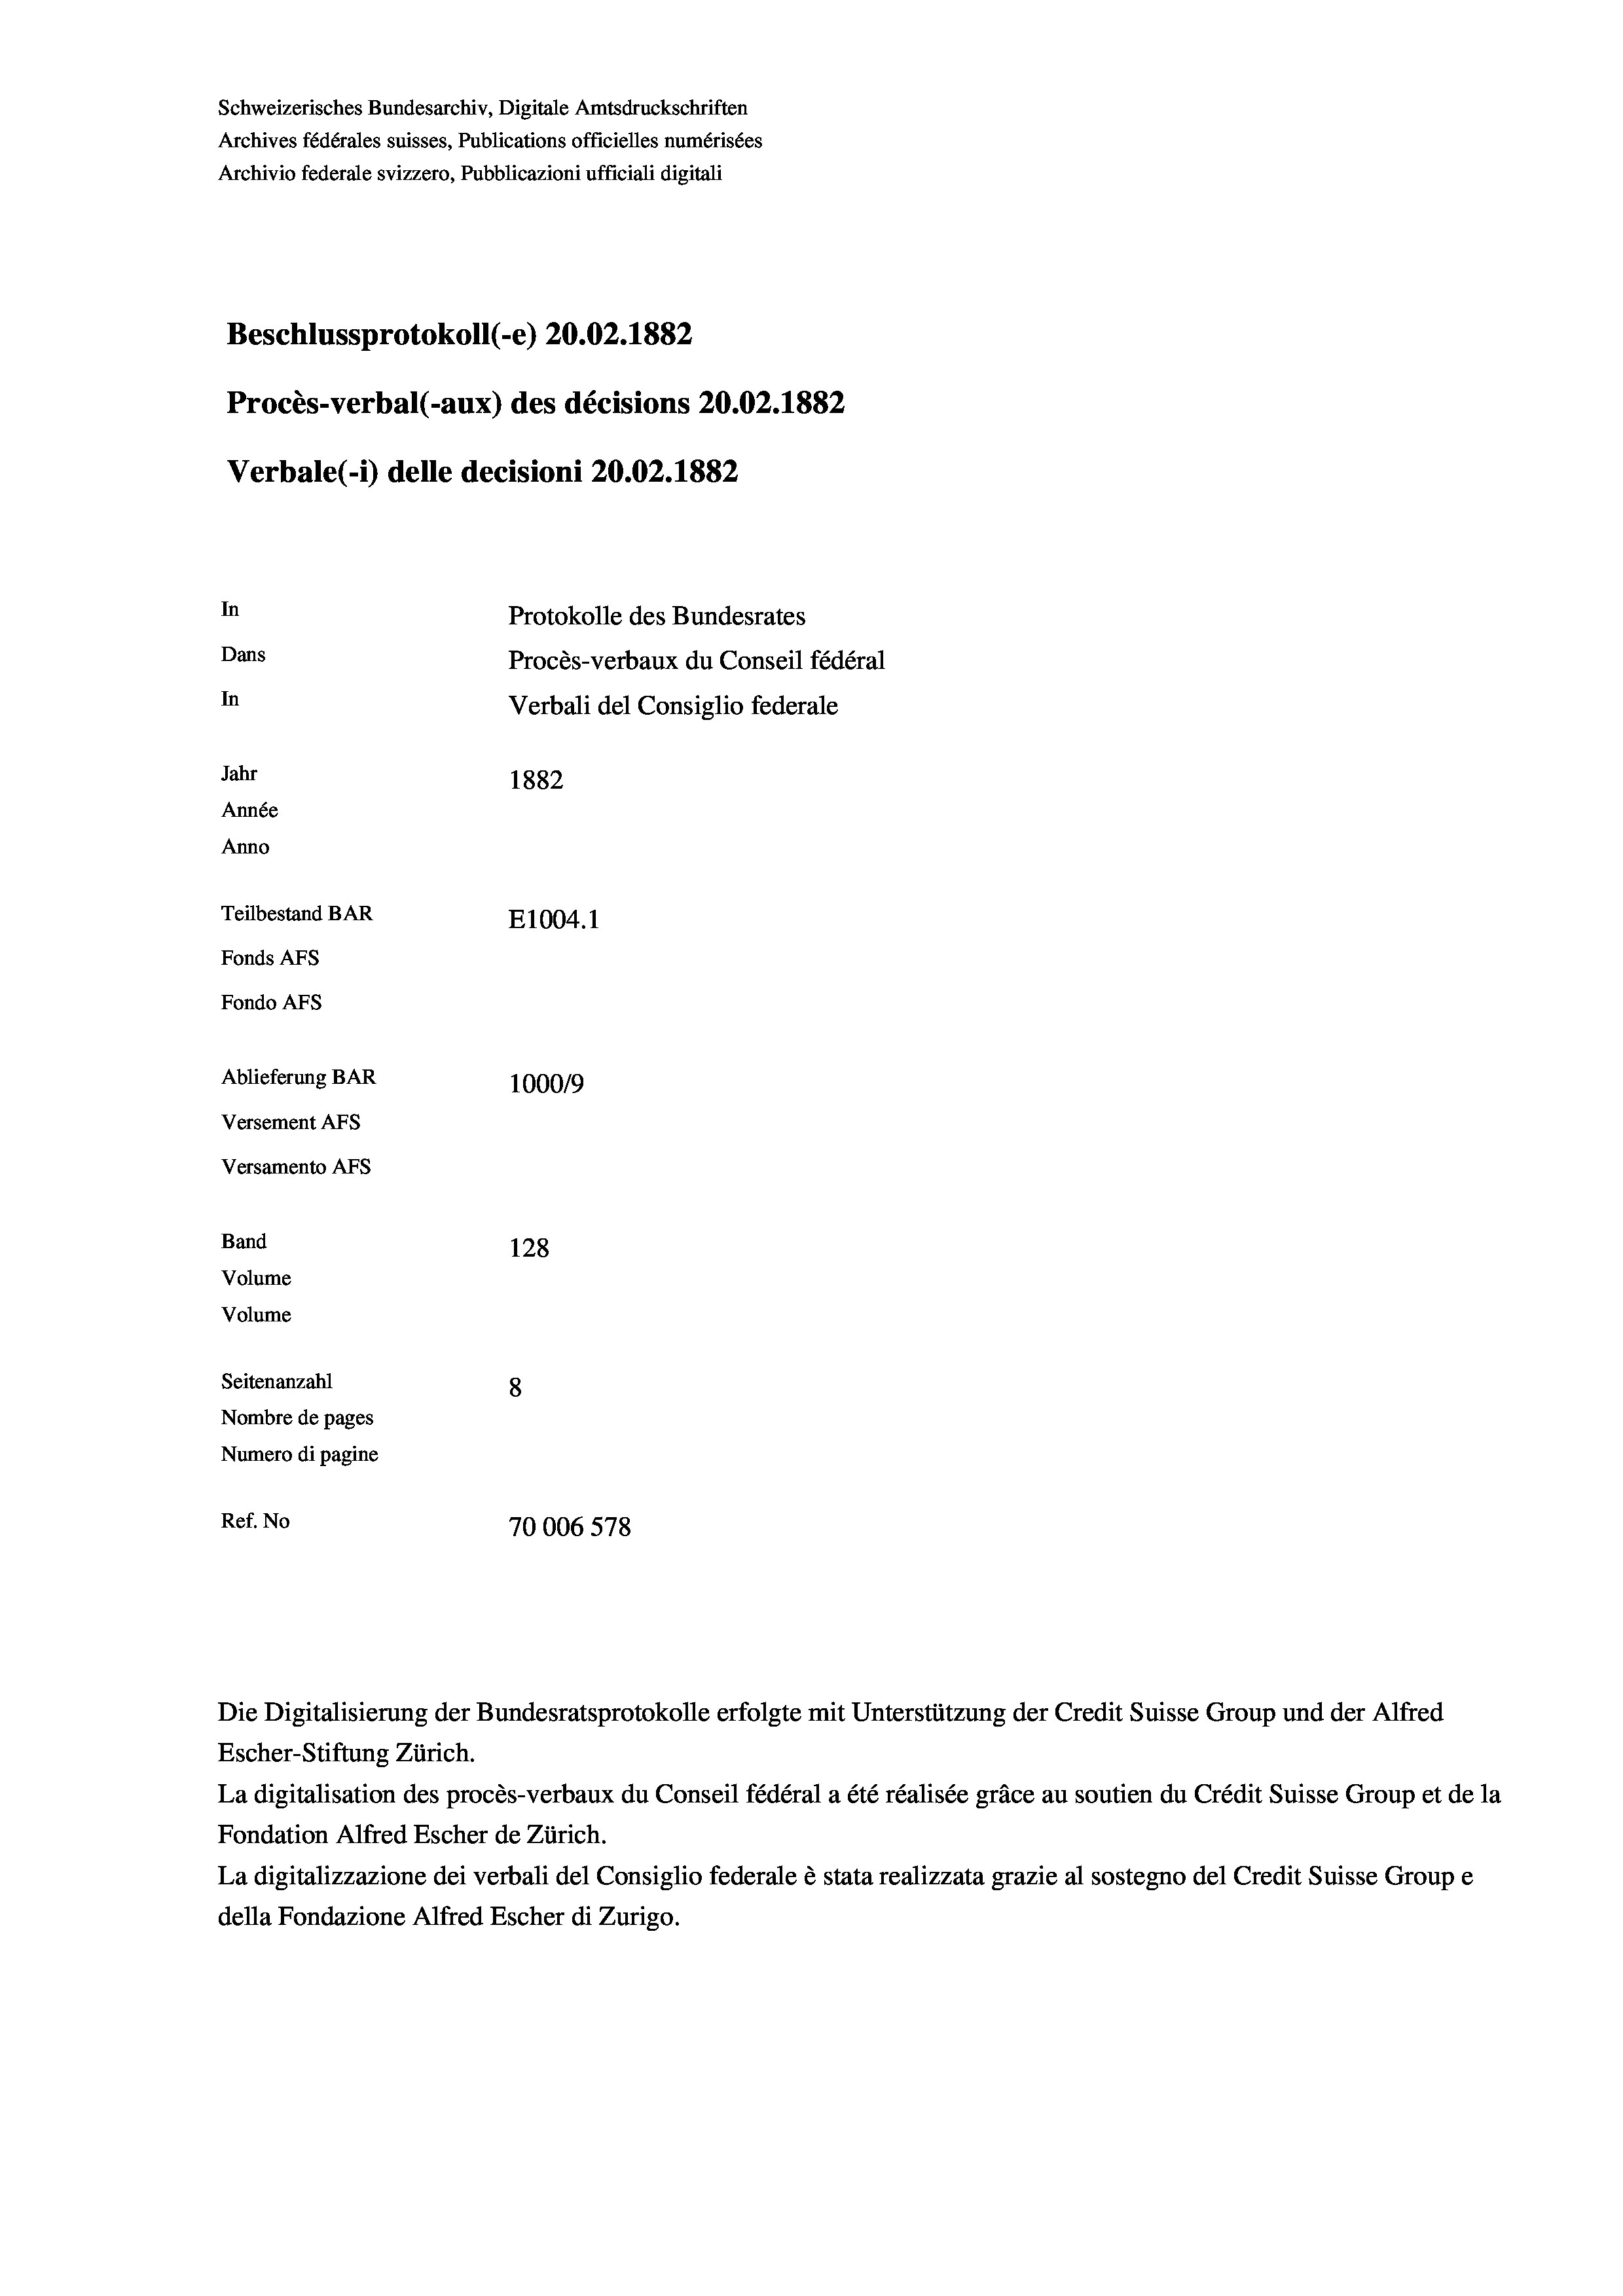
Schweizerisches Bundesarchiv, Digitale Amtsdruckschriften
Archives fédérales suisses, Publications officielles numérisées
Archivio federale svizzero, Pubblicazioni ufficiali digitali
Beschlussprotokoll (-e) 20.02. 1882
Procès-verbal (-aux) des décisions 20.02. 1882
Verbale (- 1) delle decisioni 20.02. 1882
In
Protokolle des Bundesrates
Dans
Procès-verbaux du Conseil fédéral
In
Verbali del Consiglio federale
Jahr
1882
Année
Anno
Teilbestand BAR
E1004.1
Fonds AFs
Fondo AFs
Ablieferung BAR
1000/9
Versement Abs
Versamento AFs
Band
128
Volume
Volume
Seitenanzahl
8
Nombre de pages
Numero di pagine
Ref. No
70006 578

Die Digitalisierung der Bundesratsprotokolle erfolgte mit Unterstützung der Credit Suisse Group und der Alfred
Escher-Stiftung Zürich.
La digitalisation des procès-verbaux du Conseil fédéral a été réalisée gräce au soutien du Crédit Suisse Group et de la
Fondation Alfred Escher de Zürich.
La digitalizzazione dei verbali del Consiglio federale è stata realizzata grazie al sostegno del Credit Suisse Groupe
della Fondazione Alfred Escher di Zurigo.